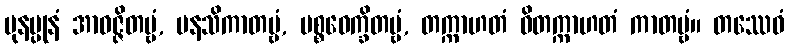
ပုနပ္ပုနံ အာဝဇ္ဇိတဗ္ဗံ, မနသိကာတဗ္ဗံ, ပစ္စဝေက္ခိတဗ္ဗံ, တက္ကာဟတံ ဝိတက္ကာဟတံ ကာတဗ္ဗံ။ တဿေဝံ